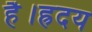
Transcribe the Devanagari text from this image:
है।ह्रदय